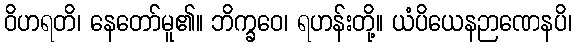
ဝိဟရတိ၊ နေတော်မူ၏။ ဘိက္ခဝေ၊ ရဟန်းတို့။ ယံပိယေနဉာဏေနပိ၊